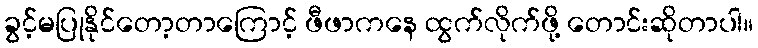
ခွင့်မပြုနိုင်တော့တာကြောင့် ဖီဖာကနေ ထွက်လိုက်ဖို့ တောင်းဆိုတာပါ။